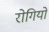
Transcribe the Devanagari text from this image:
रोगियों